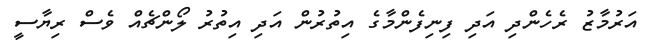
އަރުމާޒު ރެހެންދި އަދި ފިނިފެންމާގެ އިތުރުން އަދި އިތުރު ލޯންޗެއް ވެސް ރިޔާސީ